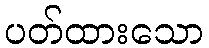
ပတ်ထားသော